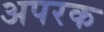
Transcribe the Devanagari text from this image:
अपरक